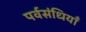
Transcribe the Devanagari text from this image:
पर्वसंधियाँ